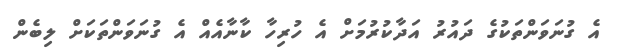
އެ ގުނަވަންތަކުގެ ދައުރު އަދާކުރުމަށް އެ ހުރިހާ ކާނާއެއް އެ ގުނަވަންތަކަށް ލިބެން